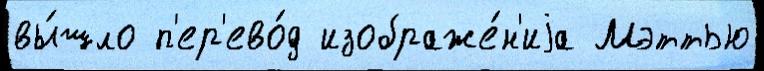
вы́шло п'ер'ево́д изображе́н'иjа Мэттью